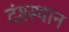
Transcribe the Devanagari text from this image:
दंश्स्थान